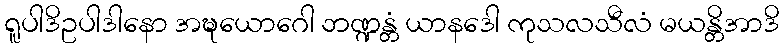
ရူပါဒိဥပါဒါနော အဍ္ဎယောဂေါ ဘဏ္ဍန္တံ ယာနဒေါ ကုသလသီလံ မယန္တိအာဒိ